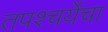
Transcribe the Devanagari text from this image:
तपश्‍चर्येचा